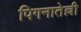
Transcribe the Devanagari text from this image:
पिगनातेल्ली